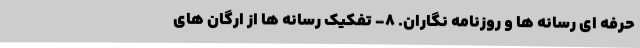
حرفه ای رسانه ها و روزنامه نگاران. 8- تفکیک رسانه ها از ارگان های